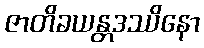
ဇာတိခယန္တဒဿိနော